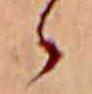
ゝ